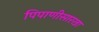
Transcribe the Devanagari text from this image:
पिपाणीसारखा